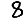
Digit: 8